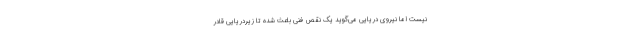
نیست اما نیروی دریایی می‌گوید یک نقص فنی باعث شده تا زیردریایی قادر